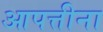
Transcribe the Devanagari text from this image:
आपत्तीना